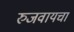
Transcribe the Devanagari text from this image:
रुजवायचा